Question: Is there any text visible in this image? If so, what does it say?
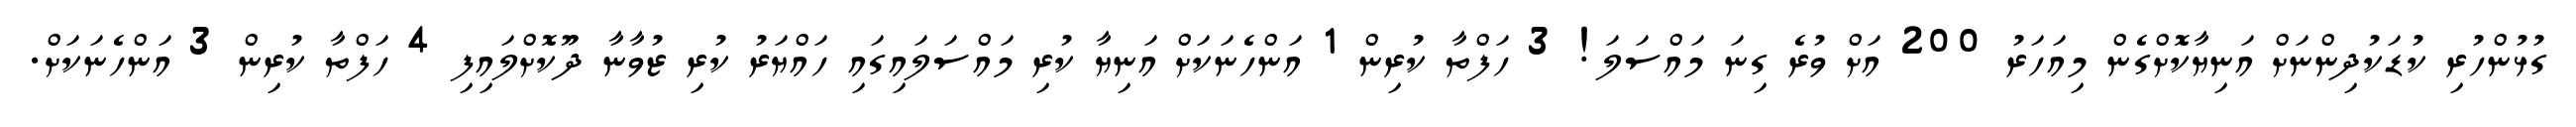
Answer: ގުޅުންހުރި ކުޑަކުދިންނަށް އަނިޔާކޮށްގެން މިއަހަރު 200 އަށް ވުރެ ގިނަ މައްސަލަ! 3 ހަފްތާ ކުރިން 1 އަންހެނަކަށް އަނިޔާ ކުރި މައްސަލައިގައި ހައްޔަރު ކުރި ޒުވާނާ ދޫކޮށްލައިފި 4 ހަފްތާ ކުރިން 3 އަންހެނަކަށް.